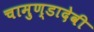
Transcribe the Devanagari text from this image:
चामुण्डादेवी